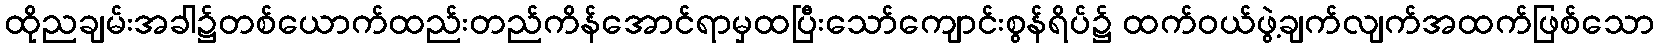
ထိုညချမ်းအခါ၌တစ်ယောက်ထည်းတည်ကိန်အောင်ရာမှထပြီးသော်ကျောင်းစွန်ရိပ်၌ ထက်ဝယ်ဖွဲ့ချက်လျက်အထက်ဖြစ်သော